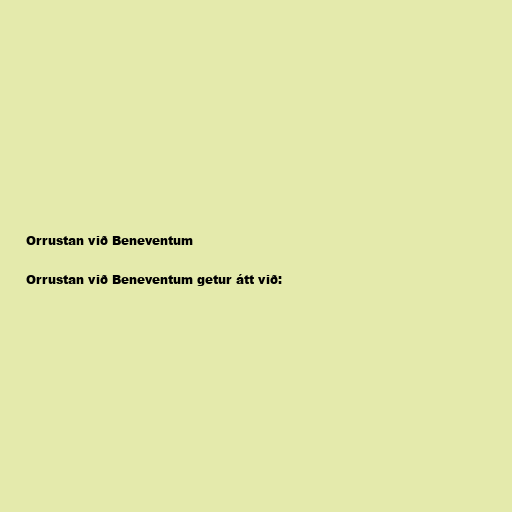
Orrustan við Beneventum

Orrustan við Beneventum getur átt við: